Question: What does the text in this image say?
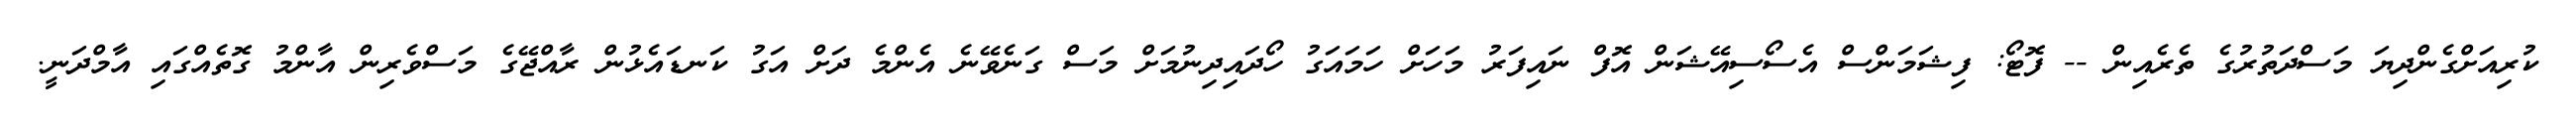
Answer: ކުރިއަށްގެންދިޔަ މަސްދަތުރުގެ ތެރެއިން -- ފޮޓޯ: ފިޝަމަންސް އެސޯސިއޭޝަން އޮފް ނައިފަރު މަހަށް ހަމައަގު ހޯދައިދިނުމަށް މަސް ގަނެވޭނެ އެންމެ ދަށް އަގު ކަނޑައެޅުން ރާއްޖޭގެ މަސްވެރިން އާންމު ގޮތެއްގައި އާމްދަނީ.